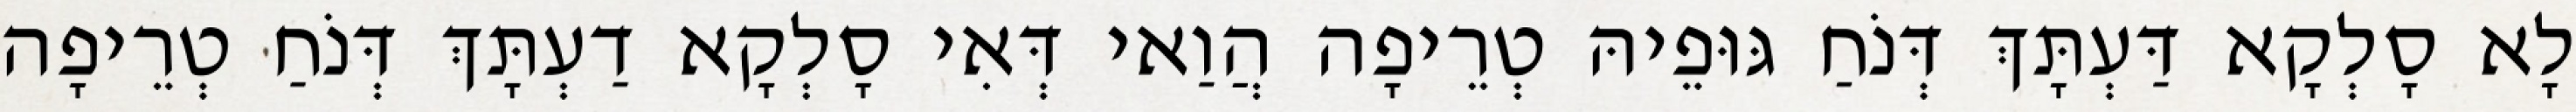
לָא סָלְקָא דַּעְתָּךְ דְּנֹחַ גּוּפֵיהּ טְרֵיפָה הֲוַאי דְּאִי סָלְקָא דַעְתָּךְ דְּנֹחַ טְרֵיפָה